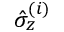
\hat { \sigma } _ { z } ^ { ( i ) }